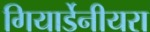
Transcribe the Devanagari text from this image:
गियार्डेनीयरा